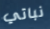
نباتي